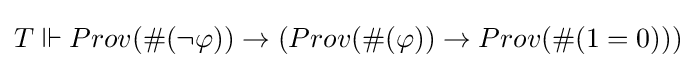
T\Vdash Prov(\#(\neg \varphi ))\rightarrow (Prov(\#(\varphi ))\rightarrow Prov(\#(1=0)))